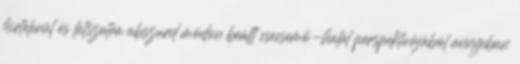
hirtelenül és látszatra abszurd módon beállt csecsemõ-halál perspektívájából annyiban